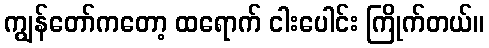
ကျွန်တော်ကတော့ ထရောက် ငါးပေါင်း ကြိုက်တယ်။